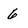
Character: 6